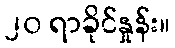
၂၀ ရာခိုင်နှုန်း။